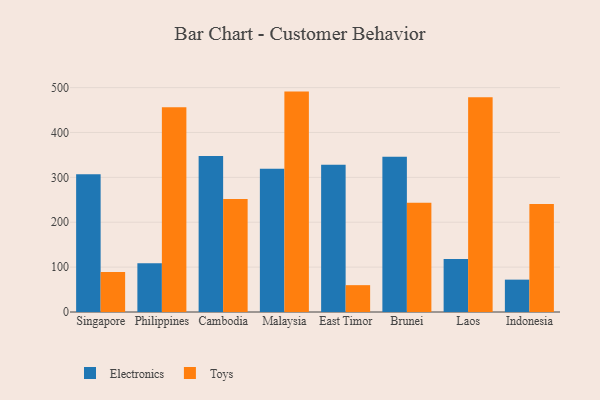
{"axis": {"x": "Country", "y": "Humidity (%)"}, "legend": ["Electronics", "Toys"], "data": [{"x": "Singapore", "y": 307.0, "type": "Electronics"}, {"x": "Singapore", "y": 89.4, "type": "Toys"}, {"x": "Philippines", "y": 108.8, "type": "Electronics"}, {"x": "Philippines", "y": 456.0, "type": "Toys"}, {"x": "Cambodia", "y": 347.5, "type": "Electronics"}, {"x": "Cambodia", "y": 251.9, "type": "Toys"}, {"x": "Malaysia", "y": 319.0, "type": "Electronics"}, {"x": "Malaysia", "y": 491.1, "type": "Toys"}, {"x": "East Timor", "y": 328.2, "type": "Electronics"}, {"x": "East Timor", "y": 59.8, "type": "Toys"}, {"x": "Brunei", "y": 345.8, "type": "Electronics"}, {"x": "Brunei", "y": 243.6, "type": "Toys"}, {"x": "Laos", "y": 117.9, "type": "Electronics"}, {"x": "Laos", "y": 478.5, "type": "Toys"}, {"x": "Indonesia", "y": 72.1, "type": "Electronics"}, {"x": "Indonesia", "y": 240.6, "type": "Toys"}]}